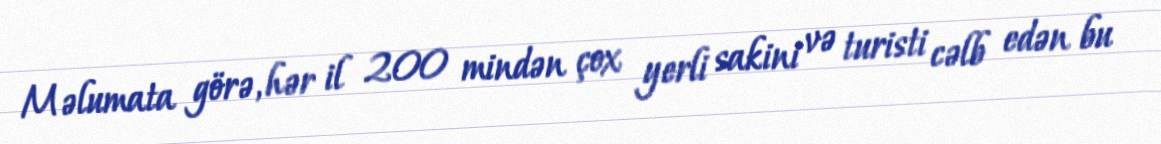
Məlumata görə, hər il 200 mindən çox yerli sakini və turisti cəlb edən bu